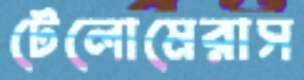
টেলোমেরাস